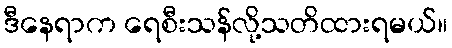
ဒီနေရာက ရေစီးသန်လို့သတိထားရမယ်။